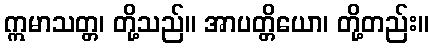
ဣမာသတ္တ၊ တို့သည်။ အာပတ္တိယော၊ တို့တည်း။